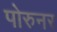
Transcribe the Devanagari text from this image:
पोरुनर